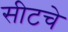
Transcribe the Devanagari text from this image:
सीटचे